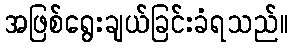
အဖြစ်ရွေးချယ်ခြင်းခံရသည်။